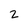
Character: 2